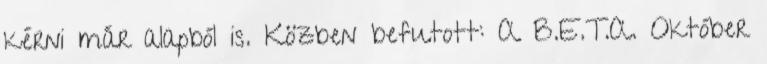
kérni már alapból is. Közben befutott: A B.E.T.A. Október